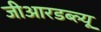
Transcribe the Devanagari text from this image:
जीआरडब्ल्यू